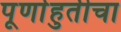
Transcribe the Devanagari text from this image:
पूर्णाहुतीचा